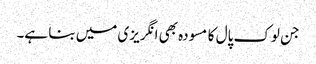
جن لوک پال کا مسودہ بھی انگریزی میں بنا ہے۔